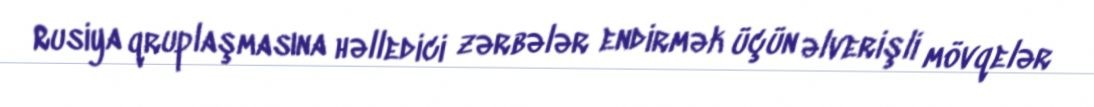
Rusiya qruplaşmasına həlledici zərbələr endirmək üçün əlverişli mövqelər